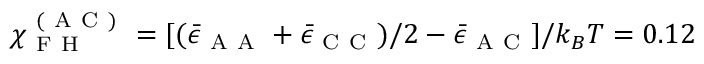
\chi _ { \mathrm { ~ F ~ H ~ } } ^ { \mathrm { ~ ( ~ A ~ C ~ ) ~ } } = [ ( \bar { \epsilon } _ { \mathrm { ~ A ~ A ~ } } + \bar { \epsilon } _ { \mathrm { ~ C ~ C ~ } } ) / 2 - \bar { \epsilon } _ { \mathrm { ~ A ~ C ~ } } ] / k _ { B } T = 0 . 1 2